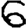
Digit: 6